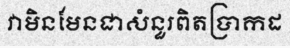
វាមិនមែនជាសំនួរពិតប្រាកដ